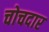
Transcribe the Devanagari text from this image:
चोचदार